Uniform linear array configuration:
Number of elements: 24
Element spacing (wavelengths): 1
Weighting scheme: binomial
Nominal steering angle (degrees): -60
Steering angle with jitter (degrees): -58.421
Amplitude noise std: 0.05
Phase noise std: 0.05

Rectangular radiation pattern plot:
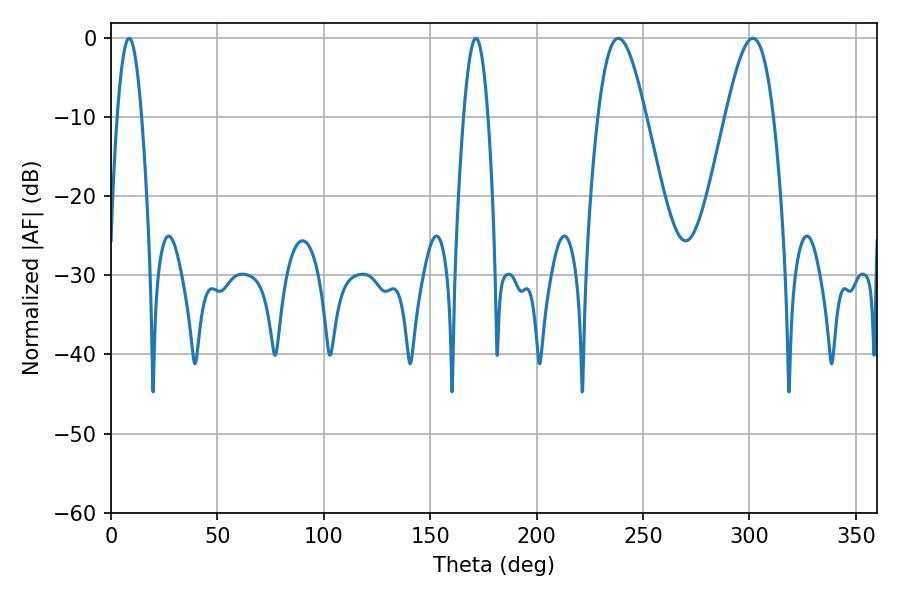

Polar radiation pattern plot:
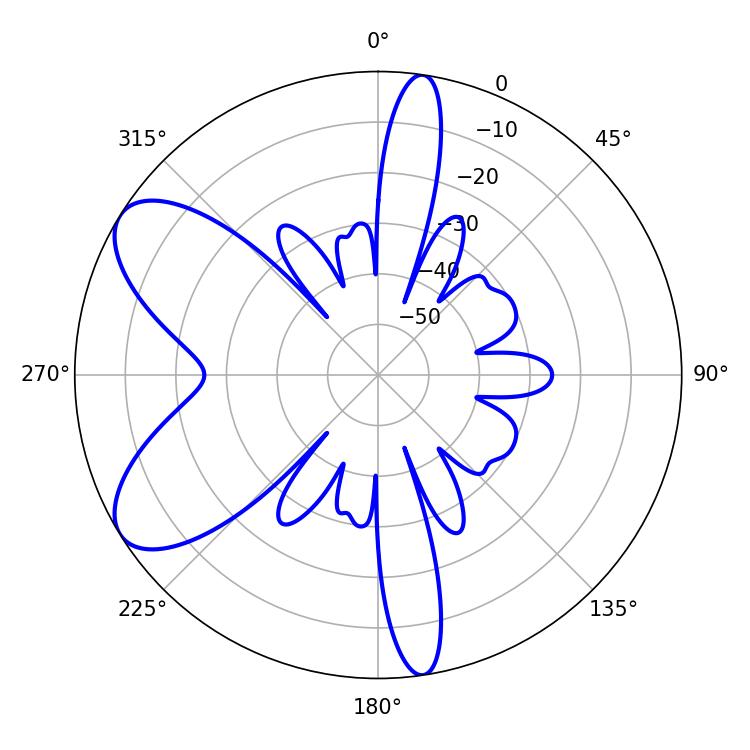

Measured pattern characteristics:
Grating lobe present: TRUE
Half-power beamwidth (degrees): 12.06
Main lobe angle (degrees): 238.32